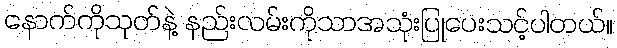
နောက်ကိုသုတ်နဲ့ နည်းလမ်းကိုသာအသုံးပြုပေးသင့်ပါတယ်။